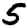
Digit: 5